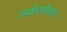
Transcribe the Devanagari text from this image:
ज्योतीचा